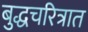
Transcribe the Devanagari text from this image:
बुद्धचरित्रात